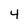
Character: 4